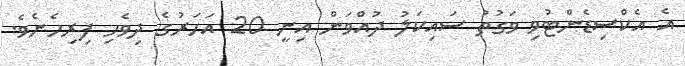
އެ އެކްސިޑެންޓުވި ވަގުތު ސައިކަލު ދުއްވަން އިނީ 20 އަހަރުގެ ދިވެހި ފިރިހެނެވެ.